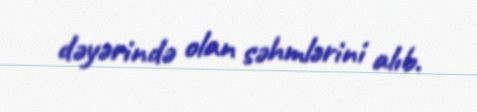
dəyərində olan səhmlərini alıb.